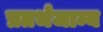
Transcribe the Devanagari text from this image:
प्रतर्भजाम्य